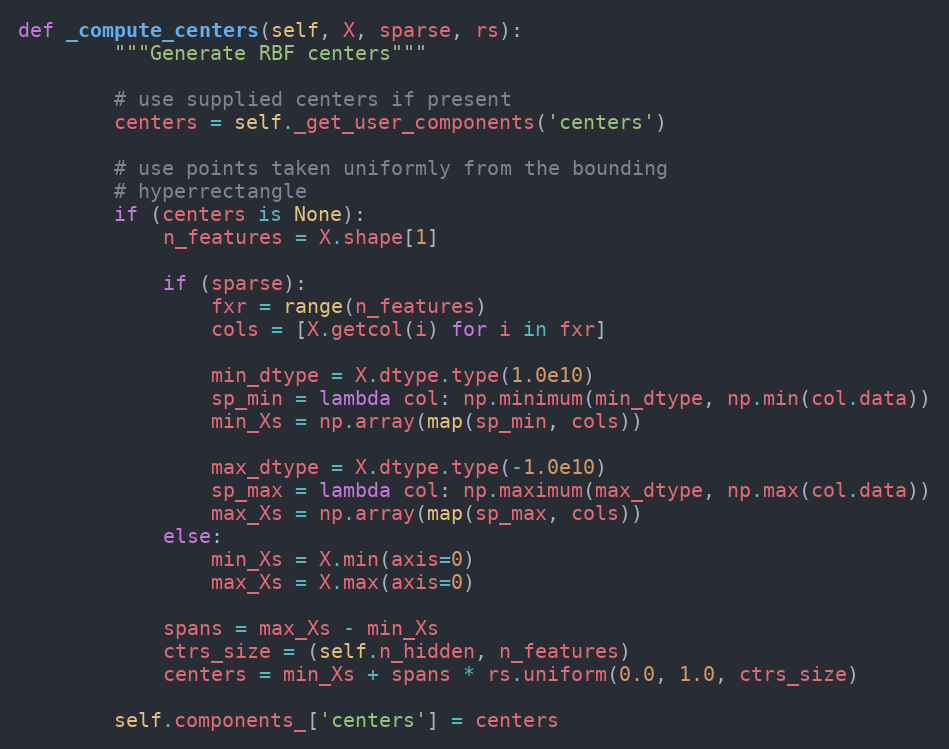
Language: Python
def _compute_centers(self, X, sparse, rs):
        """Generate RBF centers"""

        # use supplied centers if present
        centers = self._get_user_components('centers')

        # use points taken uniformly from the bounding
        # hyperrectangle
        if (centers is None):
            n_features = X.shape[1]

            if (sparse):
                fxr = range(n_features)
                cols = [X.getcol(i) for i in fxr]

                min_dtype = X.dtype.type(1.0e10)
                sp_min = lambda col: np.minimum(min_dtype, np.min(col.data))
                min_Xs = np.array(map(sp_min, cols))

                max_dtype = X.dtype.type(-1.0e10)
                sp_max = lambda col: np.maximum(max_dtype, np.max(col.data))
                max_Xs = np.array(map(sp_max, cols))
            else:
                min_Xs = X.min(axis=0)
                max_Xs = X.max(axis=0)

            spans = max_Xs - min_Xs
            ctrs_size = (self.n_hidden, n_features)
            centers = min_Xs + spans * rs.uniform(0.0, 1.0, ctrs_size)

        self.components_['centers'] = centers